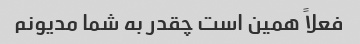
فعلاً همین است چقدر به شما مدیونم